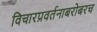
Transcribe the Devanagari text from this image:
विचारप्रवर्तनाबरोबरच